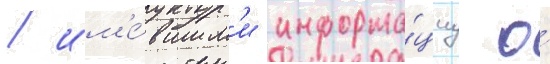
/ им'е́вшим'и информа́циу о́